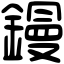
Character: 鏝